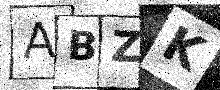
Text: ABZK